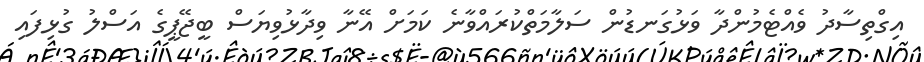
އިގްތިސާދު ވެއްޓެމުންދާ ވަޅުގަނޑުން ސަލާމަތްކުރައްވާނެ ކަމަށް އޭނާ ވިދާޅުވިޔަސް ބީޖޭޕީގެ އަސްލު ގުޅިފައި